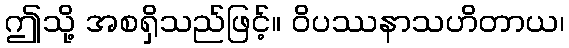
ဤသို့ အစရှိသည်ဖြင့်။ ဝိပဿနာသဟိတာယ၊